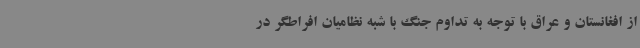
از افغانستان و عراق با توجه به تداوم جنگ با شبه نظامیان افراطگر در